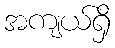
အကျယ်ရှိ